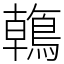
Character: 鶾